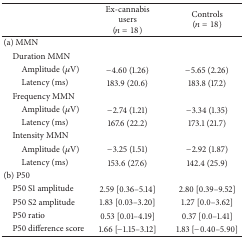
<table><thead><tr><td></td><td><b>Ex-cannabis users(<i>n</i> = 18)</b></td><td><b>Controls(<i>n</i> = 18)</b></td></tr></thead><tbody><tr><td>(a) MMN</td><td> </td><td> </td></tr><tr><td> Duration MMN </td><td> </td><td> </td></tr><tr><td>Amplitude (<i>μ</i>V)</td><td>−4.60 (1.26)</td><td>−5.65 (2.26)</td></tr><tr><td>Latency (ms)</td><td>183.9 (20.6)</td><td>183.8 (17.2)</td></tr><tr><td> Frequency MMN </td><td> </td><td> </td></tr><tr><td>Amplitude (<i>μ</i>V)</td><td>−2.74 (1.21)</td><td>−3.34 (1.35)</td></tr><tr><td>Latency (ms)</td><td>167.6 (22.2)</td><td>173.1 (21.7)</td></tr><tr><td> Intensity MMN </td><td> </td><td> </td></tr><tr><td>Amplitude (<i>μ</i>V)</td><td>−3.25 (1.51)</td><td>−2.92 (1.87)</td></tr><tr><td>Latency (ms)</td><td>153.6 (27.6)</td><td>142.4 (25.9)</td></tr><tr><td>(b) P50</td><td> </td><td> </td></tr><tr><td> P50 S1 amplitude</td><td>2.59 [0.36–5.14]</td><td>2.80 [0.39–9.52]</td></tr><tr><td> P50 S2 amplitude</td><td>1.83 [0.03–3.20]</td><td>1.27 [0.0–3.62]</td></tr><tr><td> P50 ratio</td><td>0.53 [0.01–4.19]</td><td>0.37 [0.0–1.41]</td></tr><tr><td> P50 difference score</td><td>1.66 [−1.15–3.12]</td><td>1.83 [−0.40–5.90]</td></tr></tbody></table>